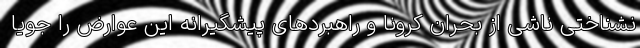
نشناختی ناشی از بحران کرونا و راهبردهای پیشگیرانه این عوارض را جویا